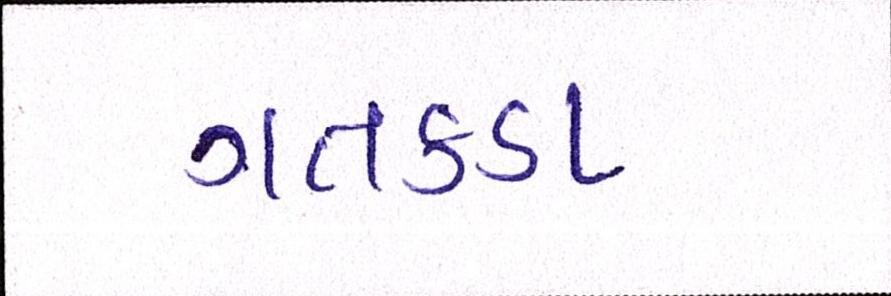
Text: ગતકડા